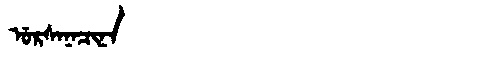
Manchu: ᡠᡵᠰᠠᠨᠠᠴᡳᠨᠠ
Romanization: URSANACINA